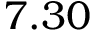
7 . 3 0